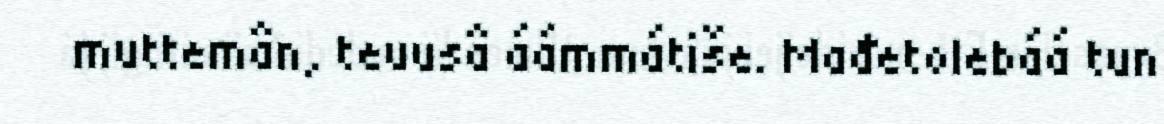
muttemân, teuusâ áámmátiše. Mađetolebáá tun